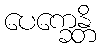
ပေက္ခေန္တိ